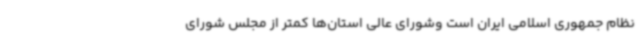
نظام جمهوری اسلامی ایران است وشورای عالی استان‌ها کمتر از مجلس شورای